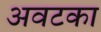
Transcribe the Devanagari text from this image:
अवटका